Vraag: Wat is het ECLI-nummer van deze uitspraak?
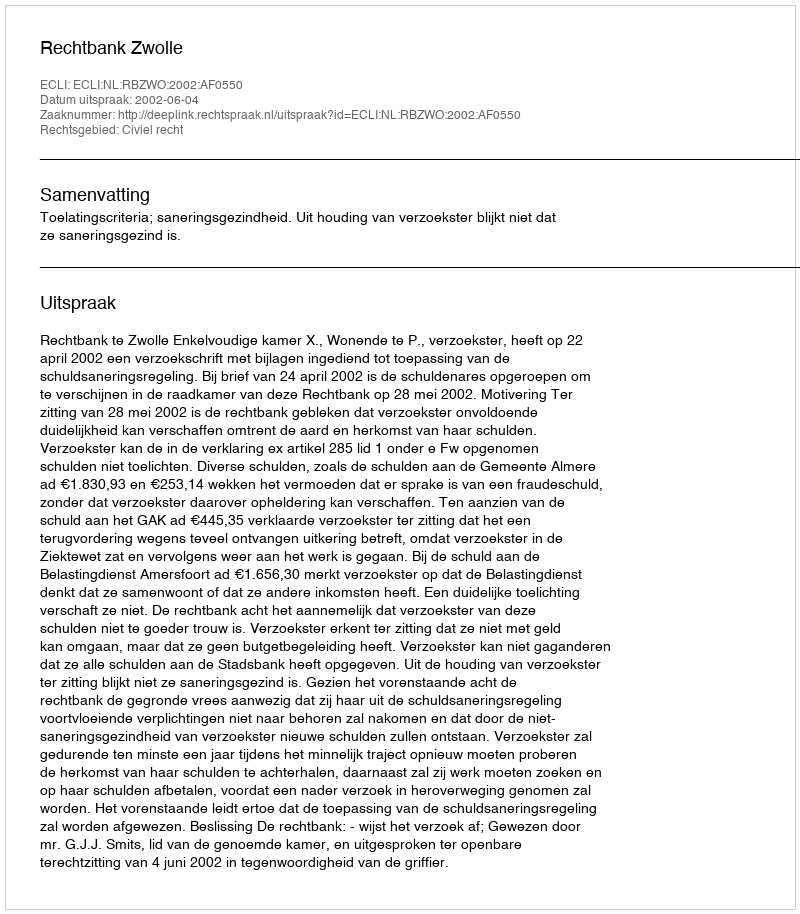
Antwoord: ECLI:NL:RBZWO:2002:AF0550